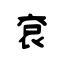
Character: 袞